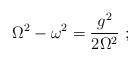
LaTeX: \begin{align*}\displaystyle{ {\rm \Omega}^2-\omega^2 = { g^2 \over 2{\rm \Omega}^2} \ ; } \end{align*}